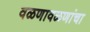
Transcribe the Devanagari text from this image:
वळणावळणांचा